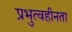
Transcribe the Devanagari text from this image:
प्रभुत्वहीनता